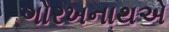
ગોરખનાથએ